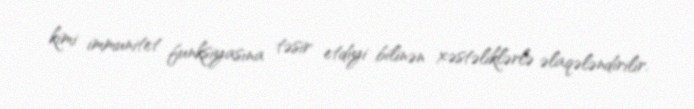
kimi immunitet funksiyasına təsir etdiyi bilinən xəstəliklərlə əlaqələndirilir.